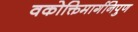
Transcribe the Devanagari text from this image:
वकोक्तिमार्गनिपुण